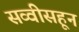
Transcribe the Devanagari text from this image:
सव्वीसहून